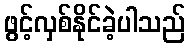
ဖွင့်လှစ်နိုင်ခဲ့ပါသည်